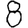
Digit: 8